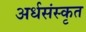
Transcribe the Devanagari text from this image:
अर्धसंस्कृत